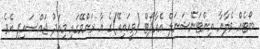
ބޯޓެއް ވެލާނާ އިންޓަނޭޝަނަލް އެއާޕޯޓް (ވީއައިއޭ)ގެ އާ ރަންވޭގައި މިއަދު ޖައްސައިފި އެވެ.